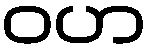
ဝဟ